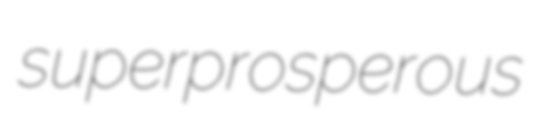
superprosperous